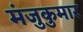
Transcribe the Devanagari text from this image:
मंजुकुमार